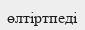
өлтіртпеді